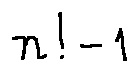
n ! - 1